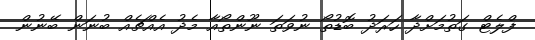
ފްލެޓް ގަތުމަށްދާ ހަރަދު ބޮޑުތޯ ނުވަތަ ނޫންތޯއާ މެދު އެއްޗެއް ބުނަން ބޭނުން